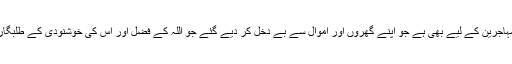
(۲۰) فاطمہ(ع) کے اس عمل پر آیت نازل ہوئی (یہ مال فیٔ) ان غریب مہاجرین کے لیے بھی ہے جو اپنے گھروں اور اموال سے بے دخل کر دیے گئے جو اللہ کے فضل اور اس کی خوشنودی کے طلبگار ہیں نیز اللہ اور اس کے رسول کی مدد کرتے ہیں، یہی لوگ سچے ہیں۔